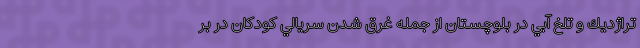
تراژديك و تلخ آبي در بلوچستان از جمله غرق شدن سريالي كودكان در بر